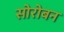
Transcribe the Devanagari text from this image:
सोरोबन